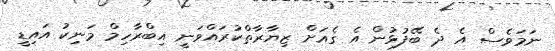
ނަމަވެސް އެ ދެ ބޭފުޅުން އެ ގެއަށް ޒިޔާރާތްކުރައްވަނީ އިބްރާހިމް މަނިކު އައިޑީ